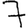
Digit: 7